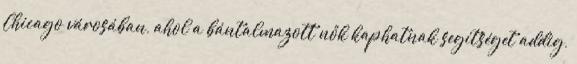
Chicago városában, ahol a bántalmazott nők kaphatnak segítséget addig,